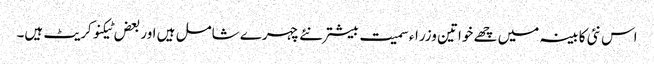
اس نئی کابینہ میں چھے خواتین وزراء سمیت بیشتر نئے چہرے شامل ہیں اور بعض ٹیکنوکریٹ ہیں۔